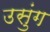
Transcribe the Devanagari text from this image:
उसुंग